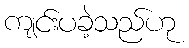
ကျင်းပခဲ့သည်ဟု